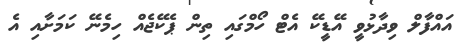
އައްފާލް ވިދާޅުވީ އޭޑީކޭ އެޓް ހޯމްގައި ތިން ޕެކޭޖެއް ހިމެނޭ ކަމަށާއި އެ